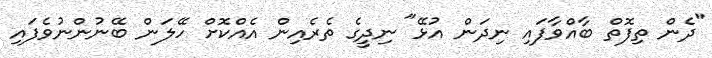
"ދެން ތިފޮތް ބާއްވާފައި ނިދަން އުޅޭ" ނިދީގެ ތެރެއިން އެއްކޮށް ހޭލަން ބޭނުންނުވެފައި